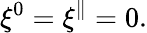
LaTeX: \xi^{0}=\xi^{\parallel}=0.